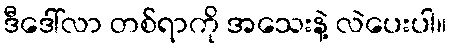
ဒီဒေါ်လာ တစ်ရာကို အသေးနဲ့ လဲပေးပါ။